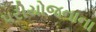
પરીયોજનાના